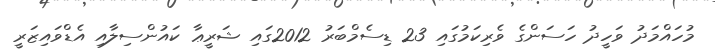
މުހައްމަދު ވަހީދު ހަސަންގެ ވެރިކަމުގައި 23 ޑިސެމްބަރު 2012ގައި ޝަރީޢާ ކައުންސިލާއި އެޑްވައިޒަރީ